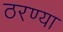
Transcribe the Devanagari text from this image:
ठरण्या